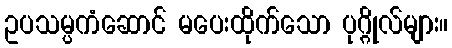
ဥပသမ္ပကံဆောင် မပေးထိုက်သော ပုဂ္ဂိုလ်များ။